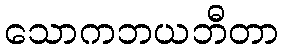
သောကဘယဘီတာ